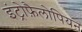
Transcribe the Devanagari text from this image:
इंट्रोफ़ैलोपियन